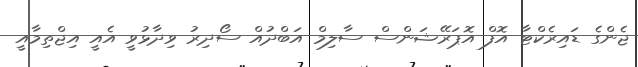
ޖެންގެ ޑައިރެކްޓާ އޮފް އޮޕަރޭޝަންސް ސާލިމް އަބްދުއް ސޯދިރު ވިދާޅުވީ އެއީ އިޖްތިމާއީ